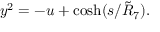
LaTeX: y ^ { 2 } = - u + \cosh ( s / \tilde { R } _ { 7 } ) .